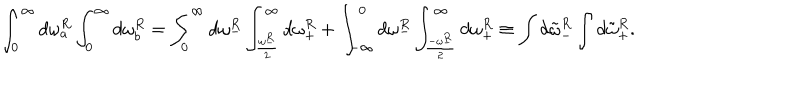
LaTeX: \int _ { 0 } ^ { \infty } d \omega _ { a } ^ { R } \int _ { 0 } ^ { \infty } d \omega _ { b } ^ { R } = \int _ { 0 } ^ { \infty } d \omega _ { - } ^ { R } \int _ { \frac { \omega _ { - } ^ { R } } { 2 } } ^ { \infty } d \omega _ { + } ^ { R } + \int _ { - \infty } ^ { 0 } d \omega _ { - } ^ { R } \int _ { \frac { - \omega _ { - } ^ { R } } { 2 } } ^ { \infty } d \omega _ { + } ^ { R } \equiv \int d { \tilde { \omega } } _ { - } ^ { R } \int d { \tilde { \omega } } _ { + } ^ { R } .